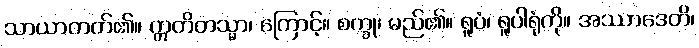
သာယာတတ်၏။ ဣတိတသ္မာ၊ ကြောင့်။ စက္ခု၊ မည်၏။ ရူပံ၊ ရူပါရုံကို။ အဿာဒေတိ၊